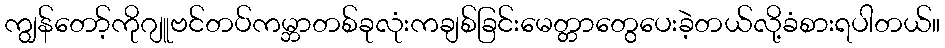
ကျွန်တော့်ကိုဂျူဗင်တပ်ကမ္ဘာတစ်ခုလုံးကချစ်ခြင်းမေတ္တာတွေပေးခဲ့တယ်လို့ခံစားရပါတယ်။